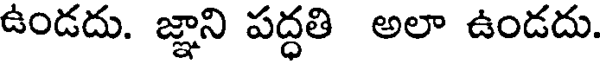
ఉండదు. జ్ఞాని పద్ధతి అలా ఉండదు.